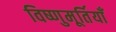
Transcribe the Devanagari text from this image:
विष्णुमूर्तियाँ